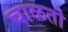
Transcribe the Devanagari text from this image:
चाळतो